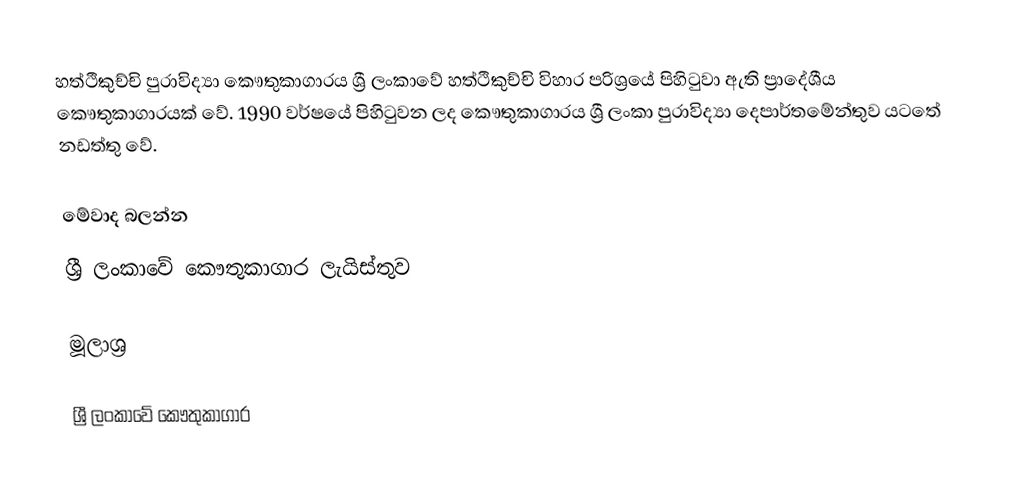
හත්ථිකුච්චි පුරාවිද්‍යා කෞතුකාගාරය ශ්‍රී ලංකාවේ හත්ථිකුච්චි විහාර පරිශ්‍රයේ පිහිටුවා ඇති ප්‍රාදේශීය කෞතුකාගාරයක් වේ. 1990 වර්ෂයේ පිහිටුවන ලද කෞතුකාගාරය ශ්‍රී ලංකා පුරාවිද්‍යා දෙපාර්තමේන්තුව යටතේ නඩත්තු වේ.

මේවාද බලන්න
ශ්‍රී ලංකාවේ කෞතුකාගාර ලැයිස්තුව

මූලාශ්‍ර

ශ්‍රී ලංකාවේ කෞතුකාගාර